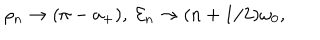
LaTeX: \rho _ { n } \rightarrow ( \pi - a _ { + } ) , \ { \cal E } _ { n } \rightarrow ( n + 1 / 2 ) \omega _ { 0 } ,